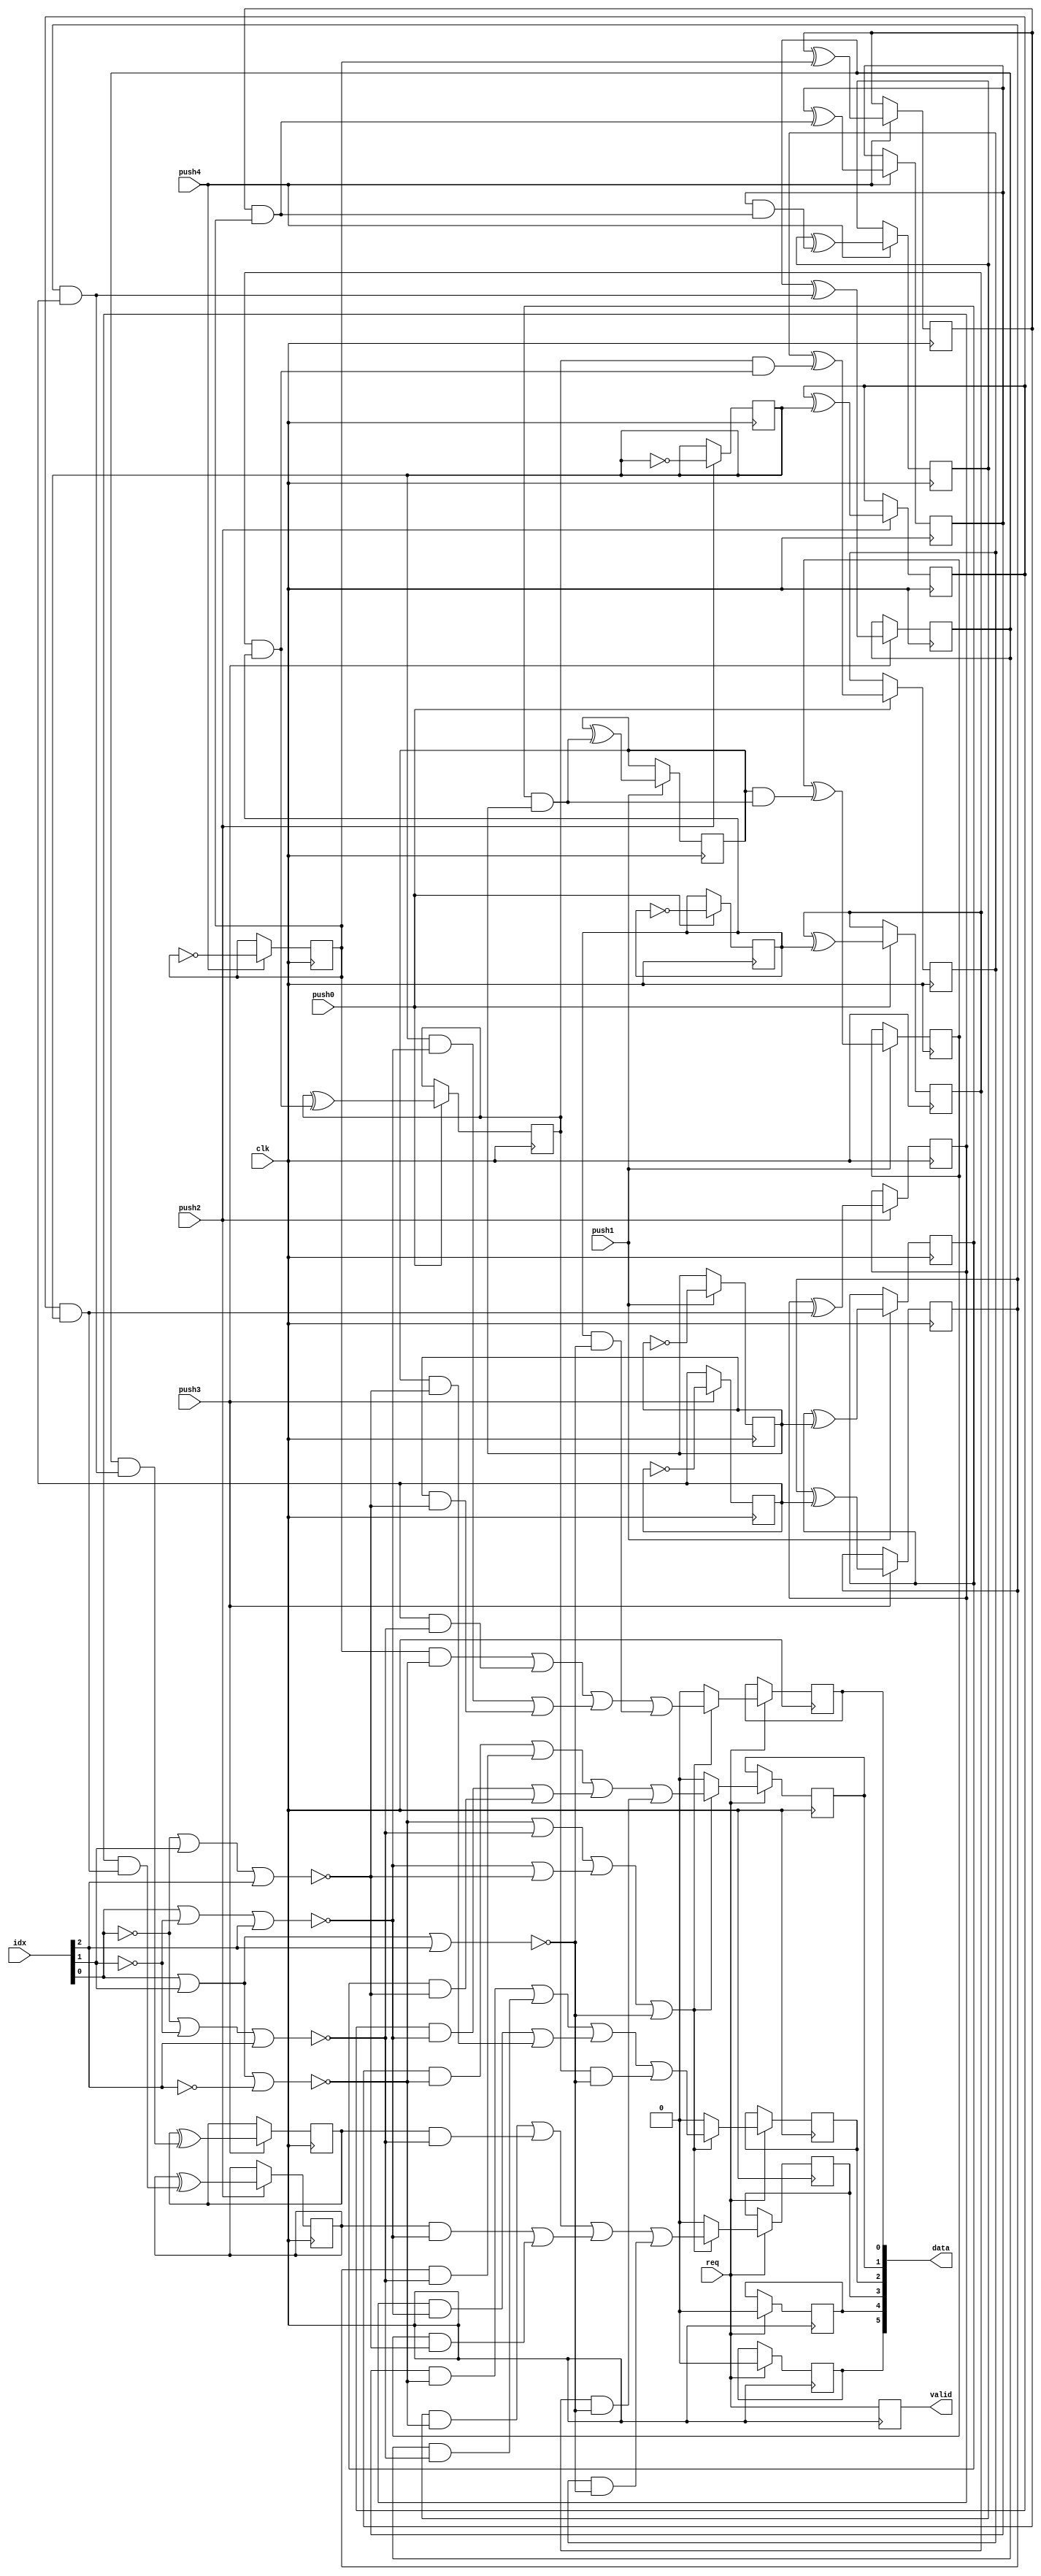
/* Generated by Yosys 0.9 (git sha1 1979e0b) */

(* top =  1  *)
(* src = "contador_synth.v:6" *)
module contador_synth(push0, push1, push2, push3, push4, req, idx, clk, data, valid);
  (* src = "contador_synth.v:26" *)
  wire [3:0] _000_;
  (* src = "contador_synth.v:26" *)
  wire [3:0] _001_;
  (* src = "contador_synth.v:26" *)
  wire [3:0] _002_;
  (* src = "contador_synth.v:26" *)
  wire [3:0] _003_;
  (* src = "contador_synth.v:26" *)
  wire [3:0] _004_;
  (* src = "contador_synth.v:26" *)
  wire [5:0] _005_;
  (* src = "contador_synth.v:26" *)
  wire [5:0] _006_;
  (* src = "contador_synth.v:29" *)
  (* unused_bits = "4" *)
  wire [31:0] _007_;
  (* src = "contador_synth.v:31" *)
  (* unused_bits = "4" *)
  wire [31:0] _008_;
  (* src = "contador_synth.v:33" *)
  (* unused_bits = "4" *)
  wire [31:0] _009_;
  (* src = "contador_synth.v:35" *)
  (* unused_bits = "4" *)
  wire [31:0] _010_;
  (* src = "contador_synth.v:37" *)
  (* unused_bits = "4" *)
  wire [31:0] _011_;
  wire _012_;
  wire _013_;
  wire _014_;
  wire _015_;
  wire [1:0] _016_;
  wire _017_;
  wire [1:0] _018_;
  wire _019_;
  wire [1:0] _020_;
  wire _021_;
  wire [1:0] _022_;
  wire _023_;
  wire [1:0] _024_;
  wire _025_;
  wire _026_;
  wire [2:0] _027_;
  wire [2:0] _028_;
  wire _029_;
  wire _030_;
  wire _031_;
  wire _032_;
  (* src = "contador_synth.v:45|contador_synth.v:40|<techmap.v>:432" *)
  wire [29:0] _033_;
  (* src = "contador_synth.v:45|contador_synth.v:40|<techmap.v>:428" *)
  wire [5:0] _034_;
  wire _035_;
  wire _036_;
  wire _037_;
  wire _038_;
  wire _039_;
  (* src = "contador_synth.v:29|<techmap.v>:260|<techmap.v>:203" *)
  (* unused_bits = "3" *)
  wire [31:0] _040_;
  (* src = "contador_synth.v:31|contador_synth.v:29|<techmap.v>:260|<techmap.v>:203" *)
  (* unused_bits = "3" *)
  wire [31:0] _041_;
  (* src = "contador_synth.v:33|contador_synth.v:29|<techmap.v>:260|<techmap.v>:203" *)
  (* unused_bits = "3" *)
  wire [31:0] _042_;
  (* src = "contador_synth.v:35|contador_synth.v:29|<techmap.v>:260|<techmap.v>:203" *)
  (* unused_bits = "3" *)
  wire [31:0] _043_;
  (* src = "contador_synth.v:37|contador_synth.v:29|<techmap.v>:260|<techmap.v>:203" *)
  (* unused_bits = "3" *)
  wire [31:0] _044_;
  (* src = "contador_synth.v:45|contador_synth.v:40|<techmap.v>:445" *)
  wire _045_;
  (* src = "contador_synth.v:14" *)
  input clk;
  (* init = 4'h0 *)
  (* src = "contador_synth.v:20" *)
  reg [3:0] cuenta0 = 4'h0;
  (* init = 4'h0 *)
  (* src = "contador_synth.v:21" *)
  reg [3:0] cuenta1 = 4'h0;
  (* init = 4'h0 *)
  (* src = "contador_synth.v:22" *)
  reg [3:0] cuenta2 = 4'h0;
  (* init = 4'h0 *)
  (* src = "contador_synth.v:23" *)
  reg [3:0] cuenta3 = 4'h0;
  (* init = 4'h0 *)
  (* src = "contador_synth.v:24" *)
  reg [3:0] cuenta4 = 4'h0;
  (* init = 6'h00 *)
  (* src = "contador_synth.v:15" *)
  output [5:0] data;
  reg [5:0] data = 6'h00;
  (* src = "contador_synth.v:13" *)
  input [2:0] idx;
  (* src = "contador_synth.v:7" *)
  input push0;
  (* src = "contador_synth.v:8" *)
  input push1;
  (* src = "contador_synth.v:9" *)
  input push2;
  (* src = "contador_synth.v:10" *)
  input push3;
  (* src = "contador_synth.v:11" *)
  input push4;
  (* src = "contador_synth.v:12" *)
  input req;
  (* init = 1'h0 *)
  (* src = "contador_synth.v:16" *)
  output valid;
  reg valid = 1'h0;
  assign _032_ = _012_ |(* src = "contador_synth.v:45|contador_synth.v:40" *)  _028_[2];
  assign _013_ = _027_[0] |(* src = "contador_synth.v:44|contador_synth.v:40" *)  _027_[1];
  assign _029_ = _013_ |(* src = "contador_synth.v:44|contador_synth.v:40" *)  idx[2];
  assign _014_ = idx[0] |(* src = "contador_synth.v:43|contador_synth.v:40" *)  _027_[1];
  assign _030_ = _014_ |(* src = "contador_synth.v:43|contador_synth.v:40" *)  idx[2];
  assign _015_ = _027_[0] |(* src = "contador_synth.v:42|contador_synth.v:40" *)  idx[1];
  assign _031_ = _015_ |(* src = "contador_synth.v:42|contador_synth.v:40" *)  idx[2];
  assign _016_[0] = _033_[1] |(* src = "contador_synth.v:45|contador_synth.v:40|<techmap.v>:441" *)  _033_[7];
  assign _016_[1] = _033_[13] |(* src = "contador_synth.v:45|contador_synth.v:40|<techmap.v>:441" *)  _033_[19];
  assign _017_ = _016_[0] |(* src = "contador_synth.v:45|contador_synth.v:40|<techmap.v>:441" *)  _016_[1];
  assign _034_[1] = _017_ |(* src = "contador_synth.v:45|contador_synth.v:40|<techmap.v>:441" *)  _033_[25];
  assign _018_[0] = _033_[3] |(* src = "contador_synth.v:45|contador_synth.v:40|<techmap.v>:441" *)  _033_[9];
  assign _018_[1] = _033_[15] |(* src = "contador_synth.v:45|contador_synth.v:40|<techmap.v>:441" *)  _033_[21];
  assign _019_ = _018_[0] |(* src = "contador_synth.v:45|contador_synth.v:40|<techmap.v>:441" *)  _018_[1];
  assign _034_[3] = _019_ |(* src = "contador_synth.v:45|contador_synth.v:40|<techmap.v>:441" *)  _033_[27];
  assign _020_[0] = _033_[2] |(* src = "contador_synth.v:45|contador_synth.v:40|<techmap.v>:441" *)  _033_[8];
  assign _020_[1] = _033_[14] |(* src = "contador_synth.v:45|contador_synth.v:40|<techmap.v>:441" *)  _033_[20];
  assign _021_ = _020_[0] |(* src = "contador_synth.v:45|contador_synth.v:40|<techmap.v>:441" *)  _020_[1];
  assign _034_[2] = _021_ |(* src = "contador_synth.v:45|contador_synth.v:40|<techmap.v>:441" *)  _033_[26];
  assign _022_[0] = _033_[0] |(* src = "contador_synth.v:45|contador_synth.v:40|<techmap.v>:441" *)  _033_[6];
  assign _022_[1] = _033_[12] |(* src = "contador_synth.v:45|contador_synth.v:40|<techmap.v>:441" *)  _033_[18];
  assign _023_ = _022_[0] |(* src = "contador_synth.v:45|contador_synth.v:40|<techmap.v>:441" *)  _022_[1];
  assign _034_[0] = _023_ |(* src = "contador_synth.v:45|contador_synth.v:40|<techmap.v>:441" *)  _033_[24];
  assign _024_[0] = _035_ |(* src = "contador_synth.v:45|contador_synth.v:40|<techmap.v>:445" *)  _036_;
  assign _024_[1] = _037_ |(* src = "contador_synth.v:45|contador_synth.v:40|<techmap.v>:445" *)  _038_;
  assign _025_ = _024_[0] |(* src = "contador_synth.v:45|contador_synth.v:40|<techmap.v>:445" *)  _024_[1];
  assign _045_ = _025_ |(* src = "contador_synth.v:45|contador_synth.v:40|<techmap.v>:445" *)  _039_;
  assign _012_ = idx[0] |(* src = "contador_synth.v:41|contador_synth.v:40" *)  idx[1];
  assign _026_ = _012_ |(* src = "contador_synth.v:41|contador_synth.v:40" *)  idx[2];
  assign _035_ = ~(* src = "contador_synth.v:45|contador_synth.v:40" *) _032_;
  assign _036_ = ~(* src = "contador_synth.v:44|contador_synth.v:40" *) _029_;
  assign _037_ = ~(* src = "contador_synth.v:43|contador_synth.v:40" *) _030_;
  assign _038_ = ~(* src = "contador_synth.v:42|contador_synth.v:40" *) _031_;
  assign _039_ = ~(* src = "contador_synth.v:41|contador_synth.v:40" *) _026_;
  assign _003_[0] = push3 ? (* src = "contador_synth.v:35" *) _010_[0] : cuenta3[0];
  assign _003_[1] = push3 ? (* src = "contador_synth.v:35" *) _010_[1] : cuenta3[1];
  assign _003_[2] = push3 ? (* src = "contador_synth.v:35" *) _010_[2] : cuenta3[2];
  assign _003_[3] = push3 ? (* src = "contador_synth.v:35" *) _010_[3] : cuenta3[3];
  assign _005_[0] = req ? (* src = "contador_synth.v:39" *) _006_[0] : data[0];
  assign _005_[1] = req ? (* src = "contador_synth.v:39" *) _006_[1] : data[1];
  assign _005_[2] = req ? (* src = "contador_synth.v:39" *) _006_[2] : data[2];
  assign _005_[3] = req ? (* src = "contador_synth.v:39" *) _006_[3] : data[3];
  assign _005_[4] = req ? (* src = "contador_synth.v:39" *) 1'h0 : data[4];
  assign _005_[5] = req ? (* src = "contador_synth.v:39" *) 1'h0 : data[5];
  assign _004_[0] = push4 ? (* src = "contador_synth.v:37" *) _011_[0] : cuenta4[0];
  assign _004_[1] = push4 ? (* src = "contador_synth.v:37" *) _011_[1] : cuenta4[1];
  assign _004_[2] = push4 ? (* src = "contador_synth.v:37" *) _011_[2] : cuenta4[2];
  assign _004_[3] = push4 ? (* src = "contador_synth.v:37" *) _011_[3] : cuenta4[3];
  assign _000_[0] = push0 ? (* src = "contador_synth.v:29" *) _007_[0] : cuenta0[0];
  assign _000_[1] = push0 ? (* src = "contador_synth.v:29" *) _007_[1] : cuenta0[1];
  assign _000_[2] = push0 ? (* src = "contador_synth.v:29" *) _007_[2] : cuenta0[2];
  assign _000_[3] = push0 ? (* src = "contador_synth.v:29" *) _007_[3] : cuenta0[3];
  assign _002_[0] = push2 ? (* src = "contador_synth.v:33" *) _009_[0] : cuenta2[0];
  assign _002_[1] = push2 ? (* src = "contador_synth.v:33" *) _009_[1] : cuenta2[1];
  assign _002_[2] = push2 ? (* src = "contador_synth.v:33" *) _009_[2] : cuenta2[2];
  assign _002_[3] = push2 ? (* src = "contador_synth.v:33" *) _009_[3] : cuenta2[3];
  assign _001_[0] = push1 ? (* src = "contador_synth.v:31" *) _008_[0] : cuenta1[0];
  assign _001_[1] = push1 ? (* src = "contador_synth.v:31" *) _008_[1] : cuenta1[1];
  assign _001_[2] = push1 ? (* src = "contador_synth.v:31" *) _008_[2] : cuenta1[2];
  assign _001_[3] = push1 ? (* src = "contador_synth.v:31" *) _008_[3] : cuenta1[3];
  assign _006_[0] = _045_ ? (* src = "contador_synth.v:45|contador_synth.v:40|<techmap.v>:445" *) _034_[0] : 1'h0;
  assign _006_[1] = _045_ ? (* src = "contador_synth.v:45|contador_synth.v:40|<techmap.v>:445" *) _034_[1] : 1'h0;
  assign _006_[2] = _045_ ? (* src = "contador_synth.v:45|contador_synth.v:40|<techmap.v>:445" *) _034_[2] : 1'h0;
  assign _006_[3] = _045_ ? (* src = "contador_synth.v:45|contador_synth.v:40|<techmap.v>:445" *) _034_[3] : 1'h0;
  (* src = "contador_synth.v:26" *)
  always @(posedge clk)
      data[0] <= _005_[0];
  (* src = "contador_synth.v:26" *)
  always @(posedge clk)
      data[1] <= _005_[1];
  (* src = "contador_synth.v:26" *)
  always @(posedge clk)
      data[2] <= _005_[2];
  (* src = "contador_synth.v:26" *)
  always @(posedge clk)
      data[3] <= _005_[3];
  (* src = "contador_synth.v:26" *)
  always @(posedge clk)
      data[4] <= _005_[4];
  (* src = "contador_synth.v:26" *)
  always @(posedge clk)
      data[5] <= _005_[5];
  (* src = "contador_synth.v:26" *)
  always @(posedge clk)
      valid <= req;
  (* src = "contador_synth.v:26" *)
  always @(posedge clk)
      cuenta0[0] <= _000_[0];
  (* src = "contador_synth.v:26" *)
  always @(posedge clk)
      cuenta0[1] <= _000_[1];
  (* src = "contador_synth.v:26" *)
  always @(posedge clk)
      cuenta0[2] <= _000_[2];
  (* src = "contador_synth.v:26" *)
  always @(posedge clk)
      cuenta0[3] <= _000_[3];
  (* src = "contador_synth.v:26" *)
  always @(posedge clk)
      cuenta1[0] <= _001_[0];
  (* src = "contador_synth.v:26" *)
  always @(posedge clk)
      cuenta1[1] <= _001_[1];
  (* src = "contador_synth.v:26" *)
  always @(posedge clk)
      cuenta1[2] <= _001_[2];
  (* src = "contador_synth.v:26" *)
  always @(posedge clk)
      cuenta1[3] <= _001_[3];
  (* src = "contador_synth.v:26" *)
  always @(posedge clk)
      cuenta2[0] <= _002_[0];
  (* src = "contador_synth.v:26" *)
  always @(posedge clk)
      cuenta2[1] <= _002_[1];
  (* src = "contador_synth.v:26" *)
  always @(posedge clk)
      cuenta2[2] <= _002_[2];
  (* src = "contador_synth.v:26" *)
  always @(posedge clk)
      cuenta2[3] <= _002_[3];
  (* src = "contador_synth.v:26" *)
  always @(posedge clk)
      cuenta3[0] <= _003_[0];
  (* src = "contador_synth.v:26" *)
  always @(posedge clk)
      cuenta3[1] <= _003_[1];
  (* src = "contador_synth.v:26" *)
  always @(posedge clk)
      cuenta3[2] <= _003_[2];
  (* src = "contador_synth.v:26" *)
  always @(posedge clk)
      cuenta3[3] <= _003_[3];
  (* src = "contador_synth.v:26" *)
  always @(posedge clk)
      cuenta4[0] <= _004_[0];
  (* src = "contador_synth.v:26" *)
  always @(posedge clk)
      cuenta4[1] <= _004_[1];
  (* src = "contador_synth.v:26" *)
  always @(posedge clk)
      cuenta4[2] <= _004_[2];
  (* src = "contador_synth.v:26" *)
  always @(posedge clk)
      cuenta4[3] <= _004_[3];
  assign _010_[1] = cuenta3[1] ^(* src = "contador_synth.v:35|contador_synth.v:29|<techmap.v>:263" *)  cuenta3[0];
  assign _010_[2] = cuenta3[2] ^(* src = "contador_synth.v:35|contador_synth.v:29|<techmap.v>:263" *)  _043_[1];
  assign _010_[3] = cuenta3[3] ^(* src = "contador_synth.v:35|contador_synth.v:29|<techmap.v>:263" *)  _043_[2];
  assign _010_[0] = cuenta3[0] ^(* src = "contador_synth.v:35|contador_synth.v:29|<techmap.v>:262" *)  1'h1;
  assign _011_[1] = cuenta4[1] ^(* src = "contador_synth.v:37|contador_synth.v:29|<techmap.v>:263" *)  cuenta4[0];
  assign _011_[2] = cuenta4[2] ^(* src = "contador_synth.v:37|contador_synth.v:29|<techmap.v>:263" *)  _044_[1];
  assign _011_[3] = cuenta4[3] ^(* src = "contador_synth.v:37|contador_synth.v:29|<techmap.v>:263" *)  _044_[2];
  assign _011_[0] = cuenta4[0] ^(* src = "contador_synth.v:37|contador_synth.v:29|<techmap.v>:262" *)  1'h1;
  assign _040_[1] = cuenta0[1] &(* src = "contador_synth.v:29|<techmap.v>:260|<techmap.v>:221" *)  cuenta0[0];
  assign _027_[1] = idx[1] ^(* src = "contador_synth.v:43|contador_synth.v:40" *)  1'h1;
  assign _040_[2] = cuenta0[2] &(* src = "contador_synth.v:29|<techmap.v>:260|<techmap.v>:229" *)  _040_[1];
  assign _027_[0] = idx[0] ^(* src = "contador_synth.v:42|contador_synth.v:40" *)  1'h1;
  assign _041_[1] = cuenta1[1] &(* src = "contador_synth.v:31|contador_synth.v:29|<techmap.v>:260|<techmap.v>:221" *)  cuenta1[0];
  assign _041_[2] = cuenta1[2] &(* src = "contador_synth.v:31|contador_synth.v:29|<techmap.v>:260|<techmap.v>:229" *)  _041_[1];
  assign _042_[1] = cuenta2[1] &(* src = "contador_synth.v:33|contador_synth.v:29|<techmap.v>:260|<techmap.v>:221" *)  cuenta2[0];
  assign _042_[2] = cuenta2[2] &(* src = "contador_synth.v:33|contador_synth.v:29|<techmap.v>:260|<techmap.v>:229" *)  _042_[1];
  assign _043_[1] = cuenta3[1] &(* src = "contador_synth.v:35|contador_synth.v:29|<techmap.v>:260|<techmap.v>:221" *)  cuenta3[0];
  assign _043_[2] = cuenta3[2] &(* src = "contador_synth.v:35|contador_synth.v:29|<techmap.v>:260|<techmap.v>:229" *)  _043_[1];
  assign _044_[1] = cuenta4[1] &(* src = "contador_synth.v:37|contador_synth.v:29|<techmap.v>:260|<techmap.v>:221" *)  cuenta4[0];
  assign _044_[2] = cuenta4[2] &(* src = "contador_synth.v:37|contador_synth.v:29|<techmap.v>:260|<techmap.v>:229" *)  _044_[1];
  assign _033_[24] = cuenta0[0] &(* src = "contador_synth.v:45|contador_synth.v:40|<techmap.v>:434" *)  _039_;
  assign _033_[25] = cuenta0[1] &(* src = "contador_synth.v:45|contador_synth.v:40|<techmap.v>:434" *)  _039_;
  assign _033_[26] = cuenta0[2] &(* src = "contador_synth.v:45|contador_synth.v:40|<techmap.v>:434" *)  _039_;
  assign _033_[27] = cuenta0[3] &(* src = "contador_synth.v:45|contador_synth.v:40|<techmap.v>:434" *)  _039_;
  assign _033_[18] = cuenta1[0] &(* src = "contador_synth.v:45|contador_synth.v:40|<techmap.v>:434" *)  _038_;
  assign _033_[19] = cuenta1[1] &(* src = "contador_synth.v:45|contador_synth.v:40|<techmap.v>:434" *)  _038_;
  assign _033_[20] = cuenta1[2] &(* src = "contador_synth.v:45|contador_synth.v:40|<techmap.v>:434" *)  _038_;
  assign _033_[21] = cuenta1[3] &(* src = "contador_synth.v:45|contador_synth.v:40|<techmap.v>:434" *)  _038_;
  assign _033_[12] = cuenta2[0] &(* src = "contador_synth.v:45|contador_synth.v:40|<techmap.v>:434" *)  _037_;
  assign _033_[13] = cuenta2[1] &(* src = "contador_synth.v:45|contador_synth.v:40|<techmap.v>:434" *)  _037_;
  assign _033_[14] = cuenta2[2] &(* src = "contador_synth.v:45|contador_synth.v:40|<techmap.v>:434" *)  _037_;
  assign _033_[15] = cuenta2[3] &(* src = "contador_synth.v:45|contador_synth.v:40|<techmap.v>:434" *)  _037_;
  assign _033_[6] = cuenta3[0] &(* src = "contador_synth.v:45|contador_synth.v:40|<techmap.v>:434" *)  _036_;
  assign _033_[7] = cuenta3[1] &(* src = "contador_synth.v:45|contador_synth.v:40|<techmap.v>:434" *)  _036_;
  assign _033_[8] = cuenta3[2] &(* src = "contador_synth.v:45|contador_synth.v:40|<techmap.v>:434" *)  _036_;
  assign _033_[9] = cuenta3[3] &(* src = "contador_synth.v:45|contador_synth.v:40|<techmap.v>:434" *)  _036_;
  assign _033_[0] = cuenta4[0] &(* src = "contador_synth.v:45|contador_synth.v:40|<techmap.v>:434" *)  _035_;
  assign _033_[1] = cuenta4[1] &(* src = "contador_synth.v:45|contador_synth.v:40|<techmap.v>:434" *)  _035_;
  assign _033_[2] = cuenta4[2] &(* src = "contador_synth.v:45|contador_synth.v:40|<techmap.v>:434" *)  _035_;
  assign _033_[3] = cuenta4[3] &(* src = "contador_synth.v:45|contador_synth.v:40|<techmap.v>:434" *)  _035_;
  assign _007_[1] = cuenta0[1] ^(* src = "contador_synth.v:29|<techmap.v>:263" *)  cuenta0[0];
  assign _007_[2] = cuenta0[2] ^(* src = "contador_synth.v:29|<techmap.v>:263" *)  _040_[1];
  assign _007_[3] = cuenta0[3] ^(* src = "contador_synth.v:29|<techmap.v>:263" *)  _040_[2];
  assign _007_[0] = cuenta0[0] ^(* src = "contador_synth.v:29|<techmap.v>:262" *)  1'h1;
  assign _008_[1] = cuenta1[1] ^(* src = "contador_synth.v:31|contador_synth.v:29|<techmap.v>:263" *)  cuenta1[0];
  assign _008_[2] = cuenta1[2] ^(* src = "contador_synth.v:31|contador_synth.v:29|<techmap.v>:263" *)  _041_[1];
  assign _008_[3] = cuenta1[3] ^(* src = "contador_synth.v:31|contador_synth.v:29|<techmap.v>:263" *)  _041_[2];
  assign _008_[0] = cuenta1[0] ^(* src = "contador_synth.v:31|contador_synth.v:29|<techmap.v>:262" *)  1'h1;
  assign _009_[1] = cuenta2[1] ^(* src = "contador_synth.v:33|contador_synth.v:29|<techmap.v>:263" *)  cuenta2[0];
  assign _009_[2] = cuenta2[2] ^(* src = "contador_synth.v:33|contador_synth.v:29|<techmap.v>:263" *)  _042_[1];
  assign _009_[3] = cuenta2[3] ^(* src = "contador_synth.v:33|contador_synth.v:29|<techmap.v>:263" *)  _042_[2];
  assign _009_[0] = cuenta2[0] ^(* src = "contador_synth.v:33|contador_synth.v:29|<techmap.v>:262" *)  1'h1;
  assign _028_[2] = idx[2] ^(* src = "contador_synth.v:45|contador_synth.v:40" *)  1'h1;
  assign _006_[5:4] = 2'h0;
  assign _007_[31:5] = 27'h0000000;
  assign _008_[31:5] = 27'h0000000;
  assign _009_[31:5] = 27'h0000000;
  assign _010_[31:5] = 27'h0000000;
  assign _011_[31:5] = 27'h0000000;
  assign _027_[2] = idx[2];
  assign _028_[1:0] = idx[1:0];
  assign { _033_[29:28], _033_[23:22], _033_[17:16], _033_[11:10], _033_[5:4] } = 10'h000;
  assign _034_[5:4] = 2'h0;
  assign { _040_[31:3], _040_[0] } = { 28'h0000000, _007_[4], cuenta0[0] };
  assign { _041_[31:3], _041_[0] } = { 28'h0000000, _008_[4], cuenta1[0] };
  assign { _042_[31:3], _042_[0] } = { 28'h0000000, _009_[4], cuenta2[0] };
  assign { _043_[31:3], _043_[0] } = { 28'h0000000, _010_[4], cuenta3[0] };
  assign { _044_[31:3], _044_[0] } = { 28'h0000000, _011_[4], cuenta4[0] };
endmodule